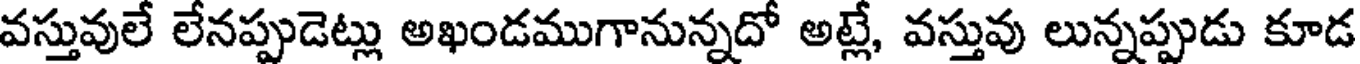
వస్తువులే లేనప్పుడెట్లు అఖండముగానున్నదో అట్లే, వస్తువు లున్నప్పుడు కూడ